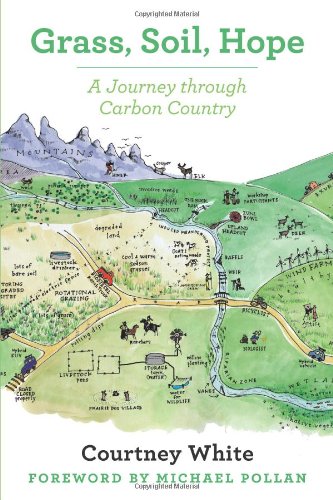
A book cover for Grass, Soil, Hope: A Journey Through Carbon Country; Courtney White; Science & Math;